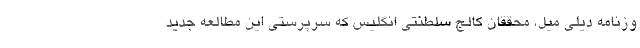
وزنامه دیلی میل، محققان کالج سلطنتی انگلیس که سرپرستی این مطالعه جدید